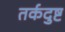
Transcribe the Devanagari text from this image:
तर्कदुष्ट